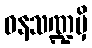
ဝနသဏ္ဍမှိ